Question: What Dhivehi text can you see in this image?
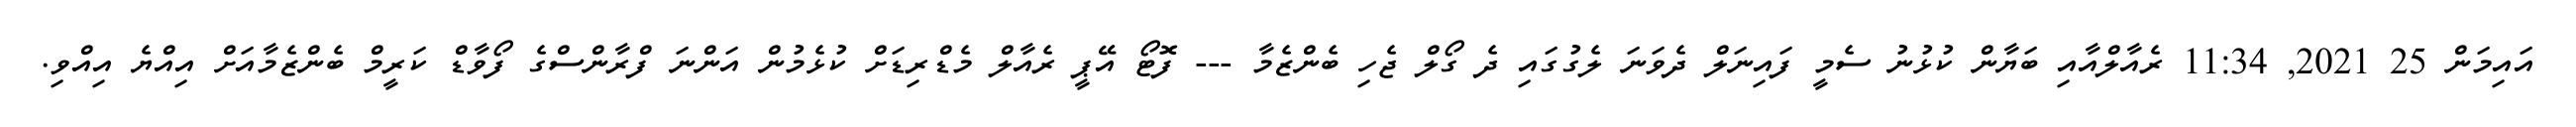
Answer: އައިމަން 25 2021, 11:34 ރެއާލްއާއި ބަޔާން ކުޅުނު ސެމީ ފައިނަލް ދެވަނަ ލެގުގައި ދެ ގޯލް ޖެހި ބެންޒެމާ --- ފޮޓޯ އޭޕީ ރެއާލް މެޑްރިޑަށް ކުޅެމުން އަންނަ ފްރާންސްގެ ފޯވާޑް ކަރީމް ބެންޒެމާއަށް އިއްޔެ އިއްވި.